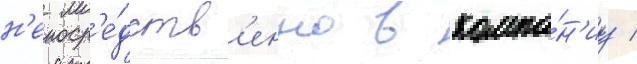
н'епоср'е́дств'енно в компа́н'иу /